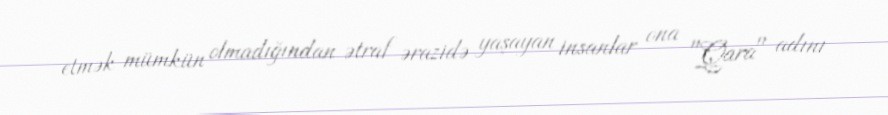
etmək mümkün olmadığından ətraf ərazidə yaşayan insanlar ona "Qara" adını